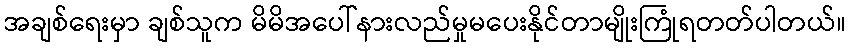
အချစ်ရေးမှာ ချစ်သူက မိမိအပေါ်နားလည်မှုမပေးနိုင်တာမျိုးကြုံရတတ်ပါတယ်။